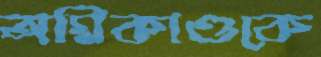
অগ্নিকাণ্ডকে